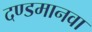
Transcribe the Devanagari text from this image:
दण्डमानवा